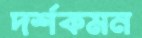
দর্শকমন